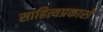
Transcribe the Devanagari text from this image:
साहित्यप्रकारों